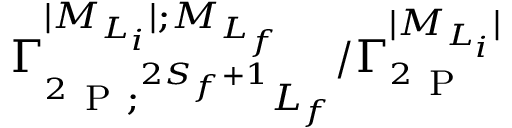
{ \Gamma } _ { ^ 2 \mathrm { ~ P ~ } ; ^ { 2 S _ { f } + 1 } L _ { f } } ^ { \vert { M } _ { { L } _ { i } } \vert ; { M } _ { { L } _ { f } } } / { \Gamma } _ { ^ 2 \mathrm { ~ P ~ } } ^ { \vert { M } _ { { L } _ { i } } \vert }